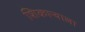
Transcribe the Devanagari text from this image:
शिकाऱ्याला